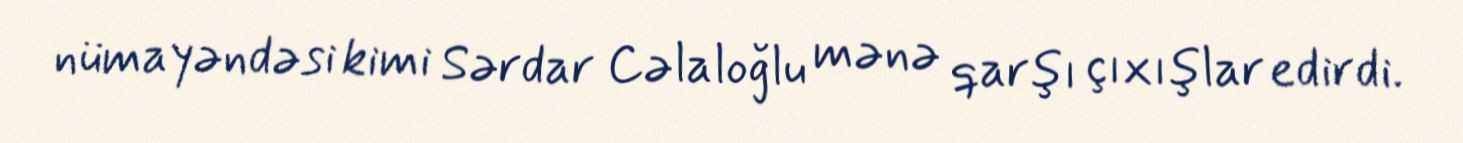
nümayəndəsi kimi Sərdar Cəlaloğlu mənə qarşı çıxışlar edirdi.